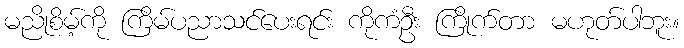
မညိုစိမ့်ကို ကြိမ်ပညာသင်ပေးရင်း ကိုကံဦး ကြိုက်တာ မဟုတ်ပါဘူး။